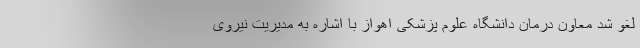
لغو شد معاون درمان دانشگاه علوم پزشکی اهواز با اشاره به مدیریت نیروی